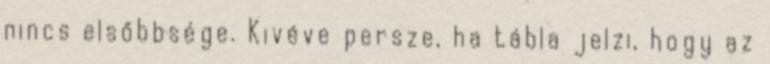
nincs elsőbbsége. Kivéve persze, ha tábla jelzi, hogy az